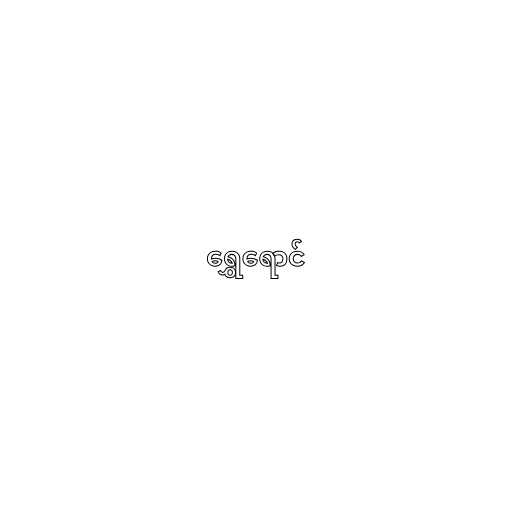
ရွှေရောင်